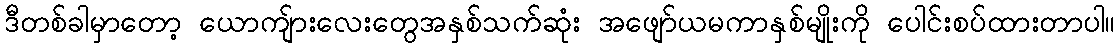
ဒီတစ်ခါမှာတော့ ယောကျ်ားလေးတွေအနှစ်သက်ဆုံး အဖျော်ယမကာနှစ်မျိုးကို ပေါင်းစပ်ထားတာပါ။